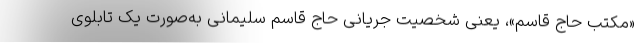
«مکتب حاج قاسم»، یعنی شخصیت جریانی حاج قاسم سلیمانی به‌صورت یک تابلوی